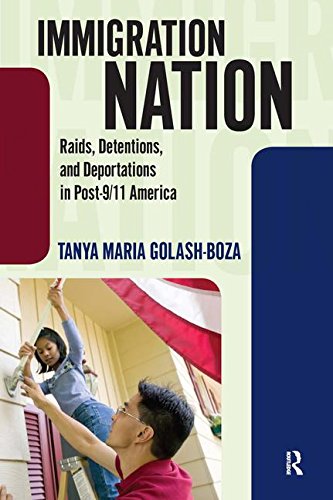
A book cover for Immigration Nation: Raids, Detentions, and Deportations in Post-9/11 America; Tanya Maria Golash-Boza; Religion & Spirituality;